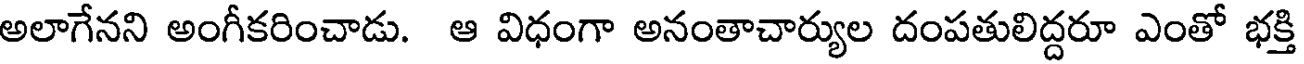
అలాగేనని అంగీకరించాడు. ఆ విధంగా అనంతాచార్యుల దంపతులిద్దరూ ఎంతో భక్తి